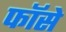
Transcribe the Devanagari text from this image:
फॉसे